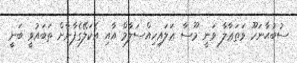
ސުބުޙާނަހޫ ވަތަޢާލާ ވަނީ މޫސާ ޢަލައިހިއްސަލާމް އާއި އެކަލޭގެފާނާށް ތަބައުވީ ބަނީ